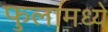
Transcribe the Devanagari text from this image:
फुलामध्ये